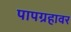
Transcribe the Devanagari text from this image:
पापग्रहावर